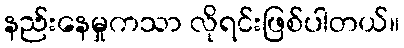
နည်းနေမှုကသာ လိုရင်းဖြစ်ပါတယ်။